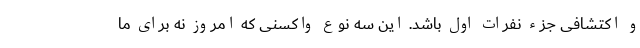
و اکتشافی جزء نفرات اول باشد. این سه نوع واکسنی که امروز نه برای ما